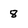
Character: 8